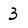
Character: 3